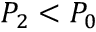
P _ { 2 } < P _ { 0 }